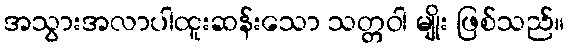
အသွားအလာပါထူးဆန်းသော သတ္တဝါ မျိုး ဖြစ်သည်။